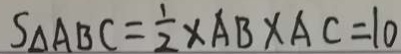
S _ { \Delta } A B C = \frac { 1 } { 2 } \times A B \times A C = 1 0